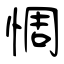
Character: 惆